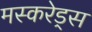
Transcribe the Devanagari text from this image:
मस्करेड्स